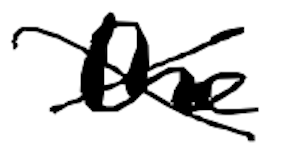
Text: the
Cross-out: cross
Writing tool: digital_black